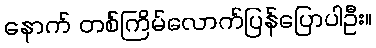
နောက် တစ်ကြိမ်လောက်ပြန်ပြောပါဦး။